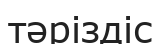
тәріздіс